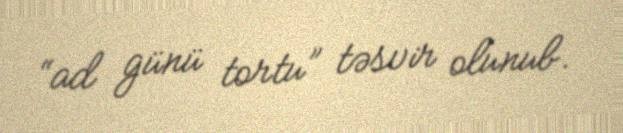
“ad günü tortu” təsvir olunub.